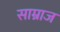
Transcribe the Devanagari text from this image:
साम्राज